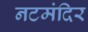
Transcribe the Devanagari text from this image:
नटमंदिर